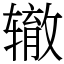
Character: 辙